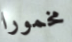
مخمورا